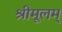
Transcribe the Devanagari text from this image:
श्रीमूलम्